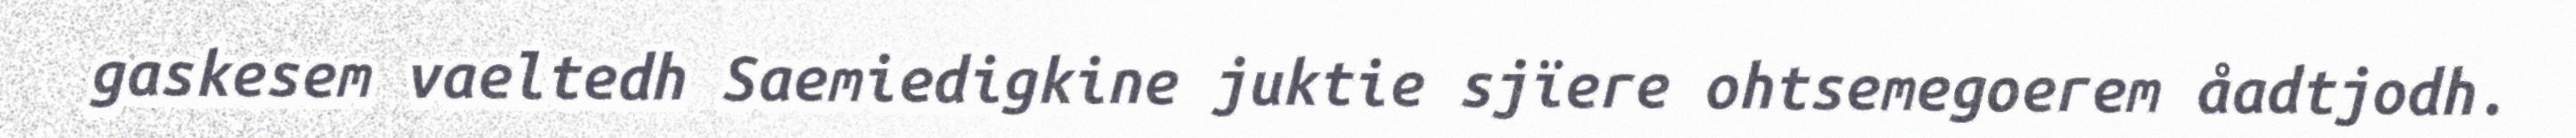
gaskesem vaeltedh Saemiedigkine juktie sjïere ohtsemegoerem åadtjodh.